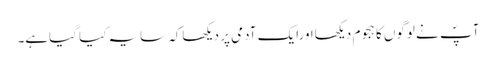
آپؐ نے لوگوں کا ہجوم دیکھااورایک آدمی پر دیکھاکہ سایہ کیا گیاہے۔